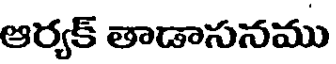
ఆర్యక్ తాడాసనము